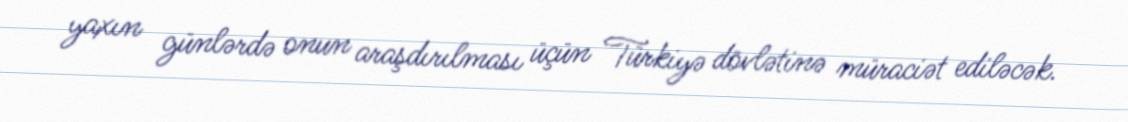
yaxın günlərdə onun araşdırılması üçün Türkiyə dövlətinə müraciət ediləcək.